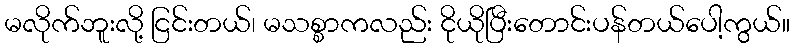
မလိုက်ဘူးလို့ ငြင်းတယ်၊ မသစ္စာကလည်း ငိုယိုပြီးတောင်းပန်တယ်ပေါ့ကွယ်။